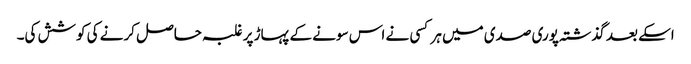
اسکے بعد گذشتہ پوری صدی میں ہر کسی نے اس سونے کے پہاڑ پر غلبہ حاصل کرنے کی کوشش کی۔